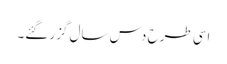
اسی طرح دس سال گزر گئے۔